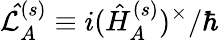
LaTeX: \mathcal{\hat{L}}_{A}^{(s)}\equiv i(\hat{H}_{A}^{(s)})^{\times}/\hbar